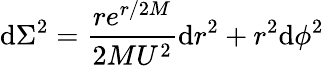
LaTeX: \mathrm{d}\Sigma^{2}=\frac{{re^{r/2M}}}{{2MU^{2}}}\mathrm{d}r^{2}+r^{2}\mathrm{d}\phi^{2}